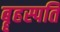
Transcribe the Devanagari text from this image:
बॄहस्पति